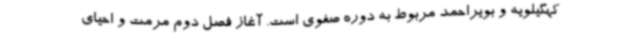
کهگیلویه و بویراحمد مربوط به دوره صفوی است. آغاز فصل دوم مرمت و احیای